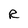
Character: R